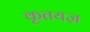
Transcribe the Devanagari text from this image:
कृतयज्ञ